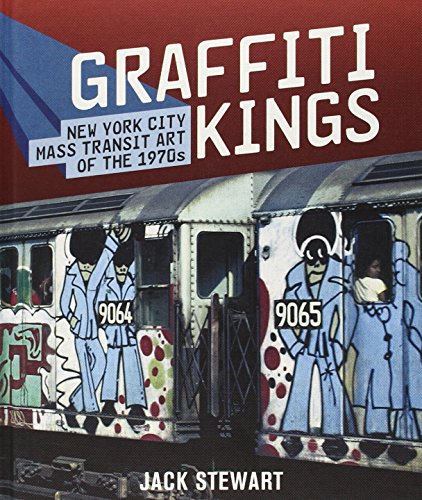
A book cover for Graffiti Kings: New York City Mass Transit Art of the 1970's; Jack Stewart; Arts & Photography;